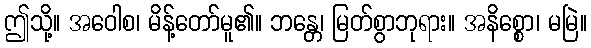
ဤသို့။ အဝေါစ၊ မိန့်တော်မူ၏။ ဘန္တေ၊ မြတ်စွာဘုရား။ အနိစ္စော၊ မမြဲ။